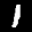
Label: 1